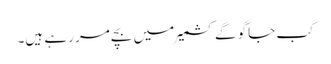
کب جاگو گے کشمیر میں بچے مر رہے ہیں۔